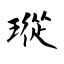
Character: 瑽